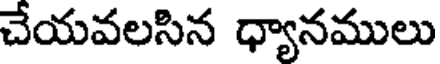
చేయవలసిన ధ్యానములు